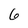
Character: 6